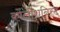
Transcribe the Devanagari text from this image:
कोलीशनिस्ट